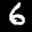
Label: 6